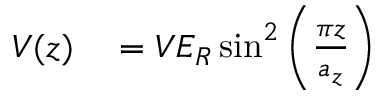
\begin{array} { r l } { V ( z ) } & { { } = V E _ { R } \sin ^ { 2 } \left( \frac { \pi z } { a _ { z } } \right) } \end{array}